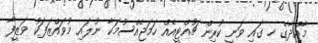
މާއްދާގެ ހ ގައި ވަނީ ކުރިން ޗުއްޓީއެއް ހަމަޖެއްސުމަކާ ނުލައި މުވައްޒަފަކު ވަޒީފާ